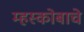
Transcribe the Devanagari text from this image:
म्हस्कोबाचे